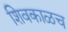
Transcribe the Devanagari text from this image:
शिवकाळच